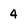
Character: 4